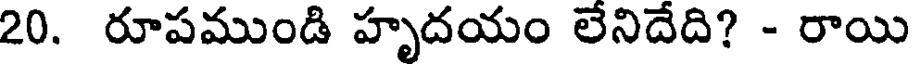
20. రూపముండి హృదయం లేనిదేది? - రాయి